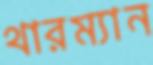
থারম্যান